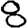
Digit: 8